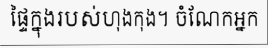
ផ្ទៃក្នុងរបស់ហុងកុង។ ចំណែកអ្នក